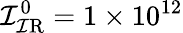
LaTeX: \mathcal{I}_{\mathrm{{\mathcal{I}R}}}^{0}=1\times10^{12}